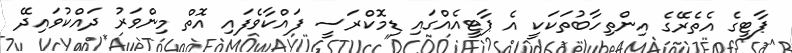
ޕާޓީގެ އެތެރޭގެ އިންތިހާބުތަކަކީ އެ ޕާޓީއެއްގައި ޑިމޮކްރަސީ ފައްކާވެފައި އޮތް މިންވަރު ދައްކުވައިދޭ